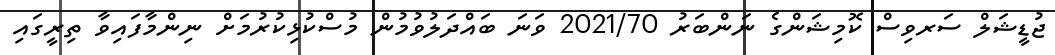
ޖުޑީޝަލް ސަރވިސް ކޮމިޝަންގެ ނަންބަރު 2021/70 ވަނަ ބައްދަލުވުމުން މުސްކުޅިކުރުމަށް ނިންމާފައިވާ ތިރީގައި